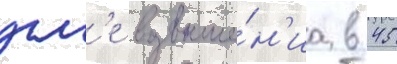
угл'е возвыше́н'иа в 45